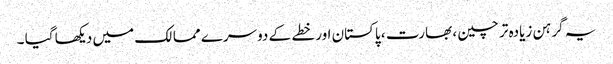
یہ گرہن زیادہ تر چین ، بھارت ، پاکستان اور خطے کے دوسرے ممالک میں دیکھا گیا ۔